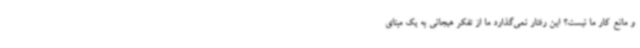
و مانع کار ما نیست؟ این رفتار نمی‌گذارد ما از تفکر هیجانی به یک مبنای